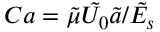
C a = \tilde { \mu } \tilde { U _ { 0 } } \tilde { a } / \tilde { E _ { s } }